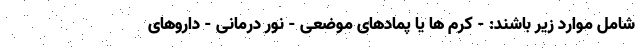
شامل موارد زیر باشند: - کرم ها یا پمادهای موضعی - نور درمانی - داروهای